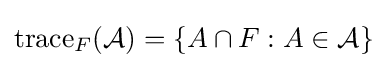
\operatorname {trace} _{F}({\mathcal {A}})=\{A\cap F:A\in {\mathcal {A}}\}